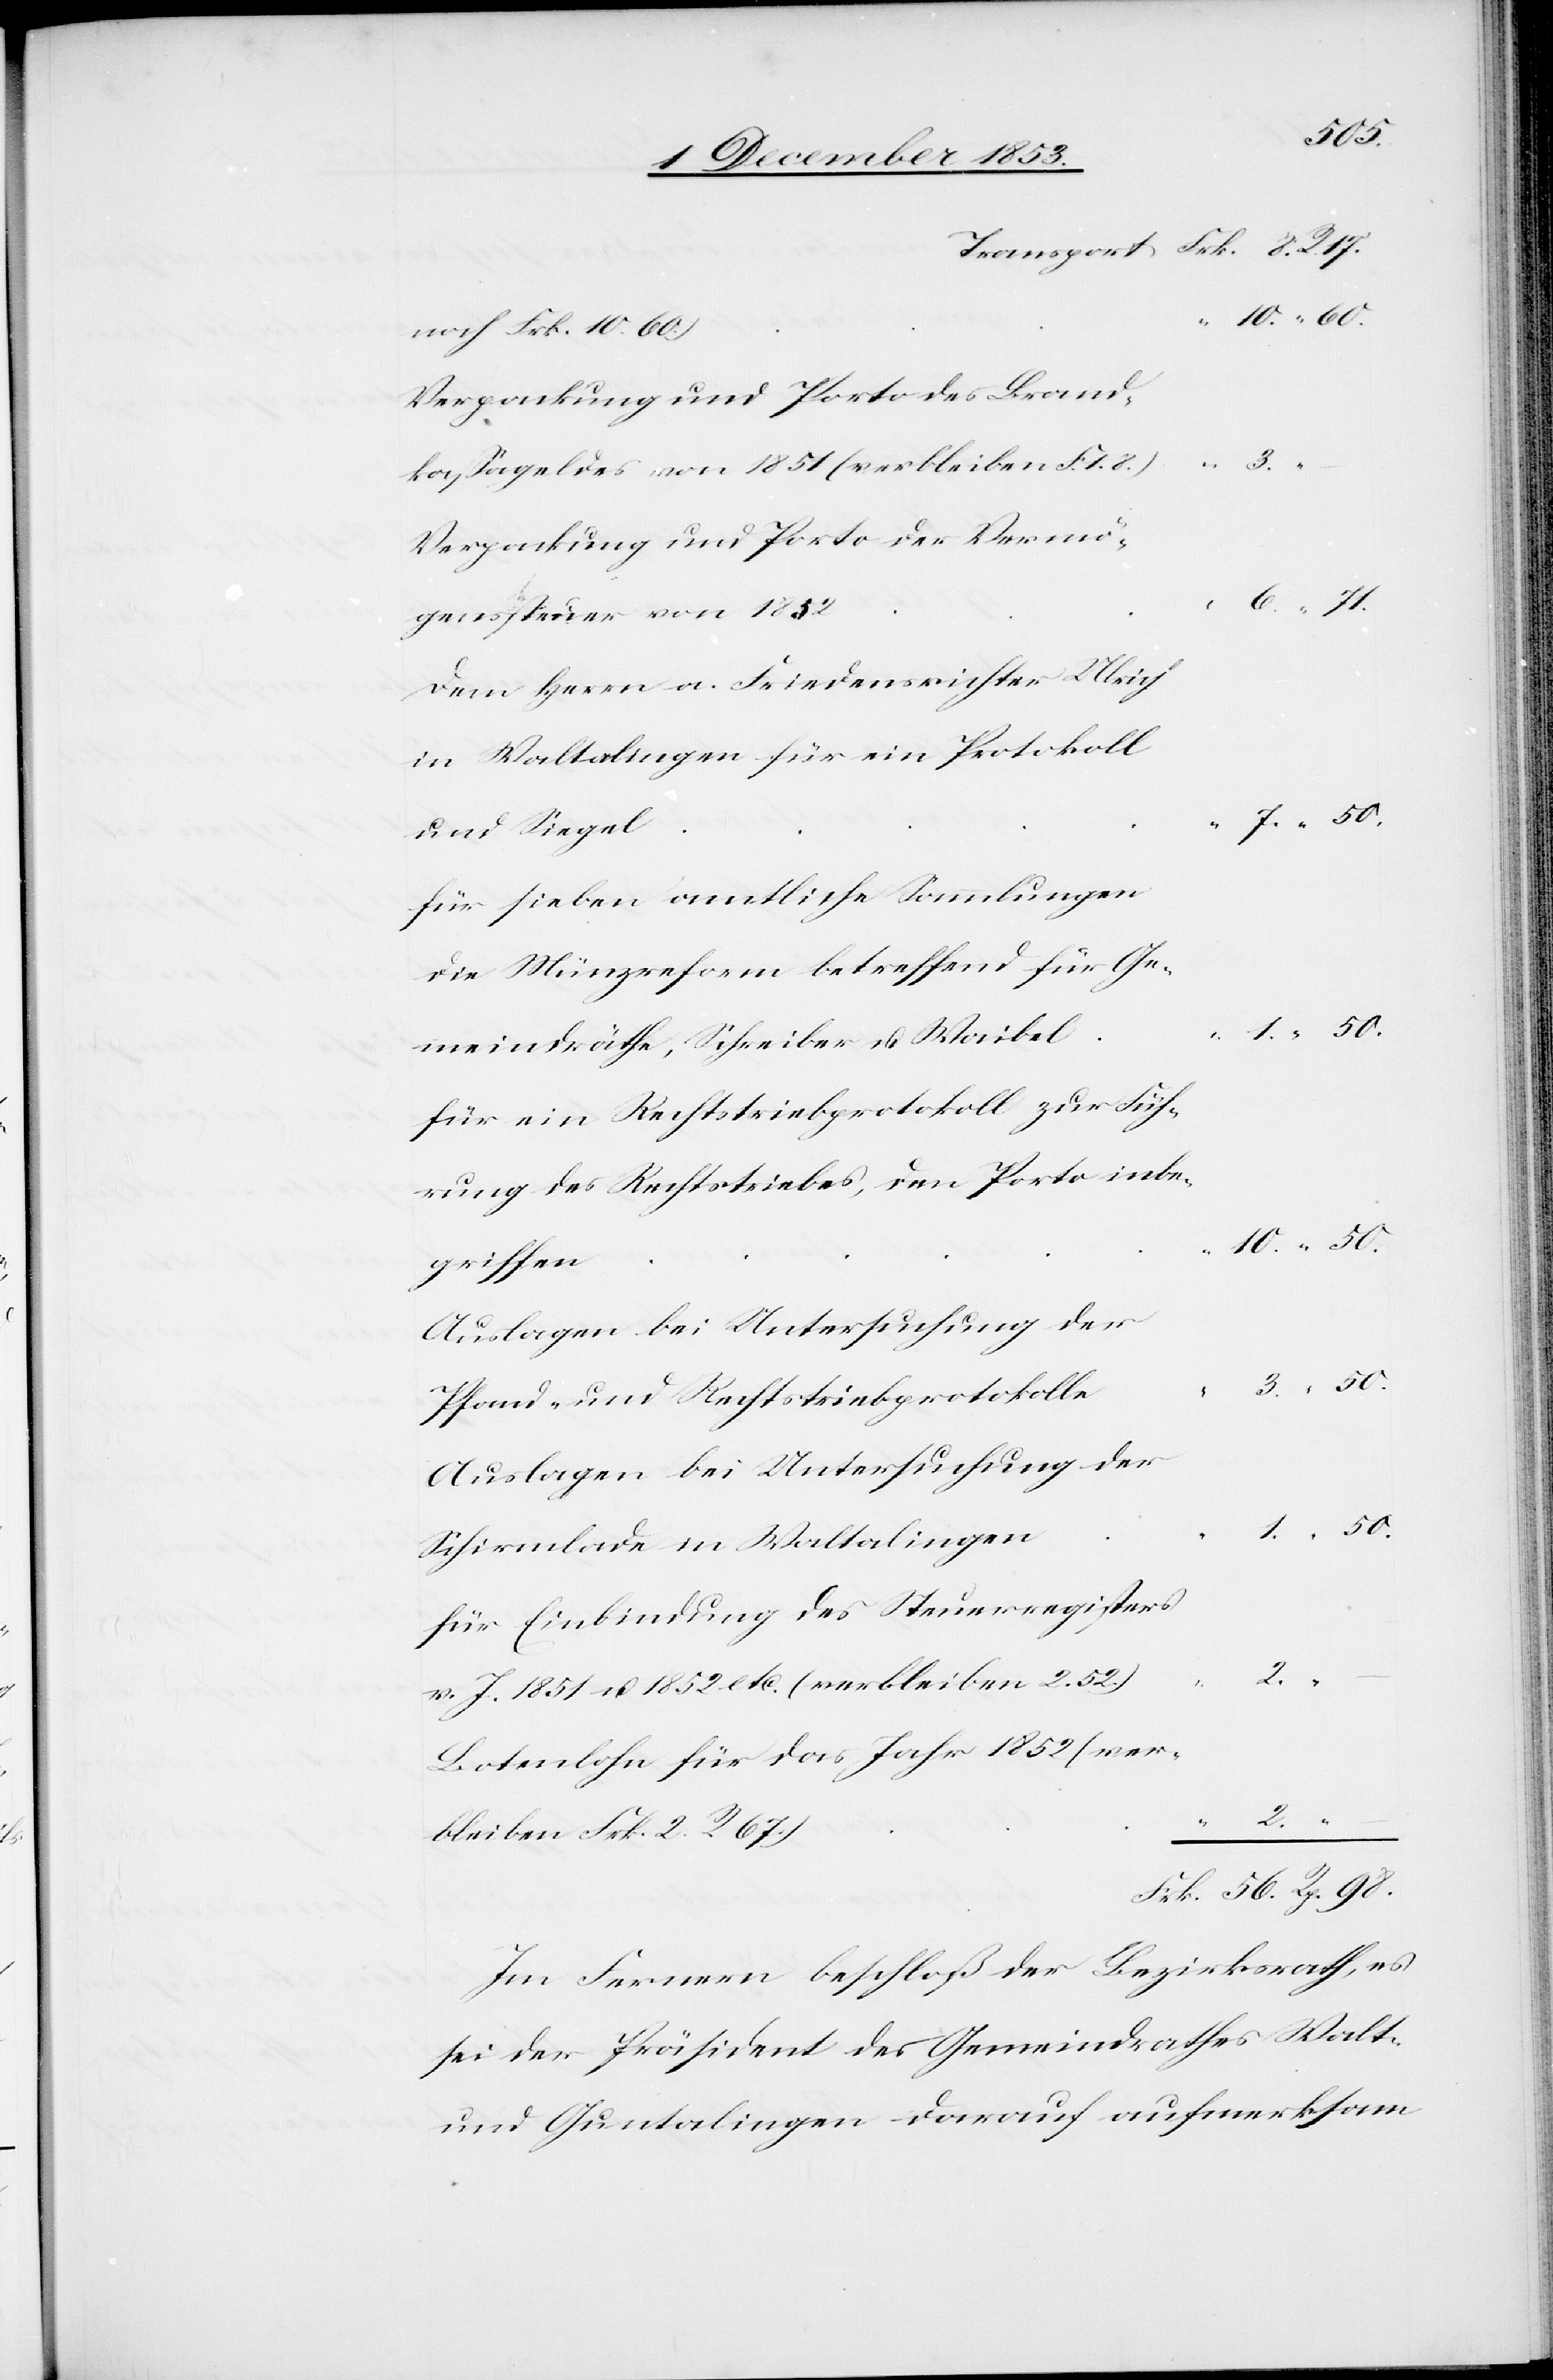
äthe,
10. “ 60.
Verpackung und Porto des Brand¬
u.
kaßageldes von 1851 (verbleiben
Verpackung und Porto der Vermö¬
6. “ 71.
genssteuer von 1852			“
Dem Herrn a. Friedensrichter Ulrich
in Waltarlingen für ein Protokoll
3. “ 50.
für sieben amtliche Sammlungen
die Münzreform betreffend für Ge¬
1. “ 50.
für ein Rechtschreibeprotokoll zur Füh¬
rung des Rechtstriebes, dem Porto
10. “ 50.
Auslagen bei Untersuchung der
Pfand- und Rechtstriebprotokolle	“
Schirmlade in Waltalinge¬
für Einbindung des Steuerregisters
v. J. 1851 u. 1852 etc. (verbleiben
Botenlohn für das Jahr 1852 (ver¬
2.
“ –
bleiben Frk. 2 R.
Frk. 56. R. 98.
Im Fernern beschloß der Bezirksrath, es
sei der Präsident des Gemeindrathes Walt-
und Guntalingen darauf aufmerksam